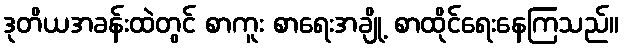
ဒုတိယအခန်းထဲတွင် စာကူး စာရေးအချို့ စာထိုင်ရေးနေကြသည်။